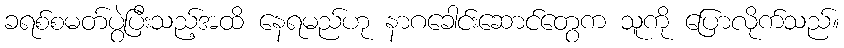
ခရစ်စမတ်ပွဲပြီးသည့်အထိ နေရမည်ဟု နာဂခေါင်းဆောင်တွေက သူကို ပြောလိုက်သည်။